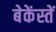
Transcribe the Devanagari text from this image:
बेकेंस्तें